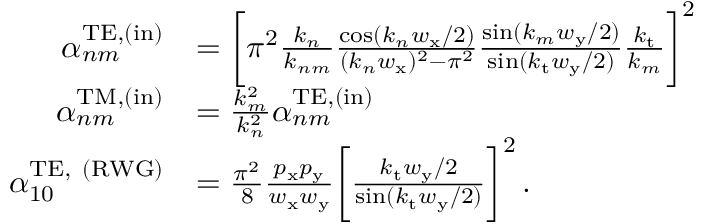
\begin{array} { r l } { \alpha _ { n m } ^ { \mathrm { T E } , ( \mathrm { i n } ) } } & { = \bigg [ \pi ^ { 2 } \frac { k _ { n } } { k _ { n m } } \frac { \cos ( k _ { n } w _ { \mathrm { x } } / 2 ) } { ( k _ { n } w _ { \mathrm { x } } ) ^ { 2 } - \pi ^ { 2 } } \frac { \sin ( k _ { m } w _ { \mathrm { y } } / 2 ) } { \sin ( k _ { \mathrm { t } } w _ { \mathrm { y } } / 2 ) } \frac { k _ { \mathrm { t } } } { k _ { m } } \bigg ] ^ { 2 } } \\ { \alpha _ { n m } ^ { \mathrm { T M } , ( \mathrm { i n } ) } } & { = \frac { k _ { m } ^ { 2 } } { k _ { n } ^ { 2 } } \alpha _ { n m } ^ { \mathrm { T E } , ( \mathrm { i n } ) } } \\ { \alpha _ { 1 0 } ^ { \mathrm { T E , ~ ( R W G ) } } } & { = \frac { \pi ^ { 2 } } { 8 } \frac { p _ { \mathrm { x } } p _ { \mathrm { y } } } { w _ { \mathrm { x } } w _ { \mathrm { y } } } \bigg [ \frac { k _ { \mathrm { t } } w _ { \mathrm { y } } / 2 } { \sin ( k _ { \mathrm { t } } w _ { \mathrm { y } } / 2 ) } \bigg ] ^ { 2 } \, . } \end{array}